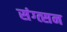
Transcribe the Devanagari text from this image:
संग्त्सन